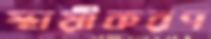
স্থায়ীকরণ